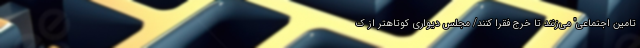
تامین اجتماعی" می‌زنند تا خرج فقرا کنند/ مجلس دیواری کوتاهتر از ک